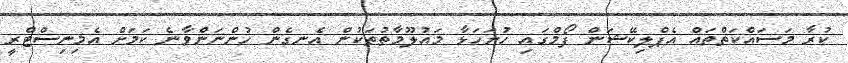
ކުރާ މަސައްކަތްތައް އެޕްލިކޭޝަން ފޯމްގައި ހުށަހަޅާ މައުލޫމާތުތަކުން އެނގެން ހުންނަންވާނެ ކަމަށް އެމިނިސްޓްރީ